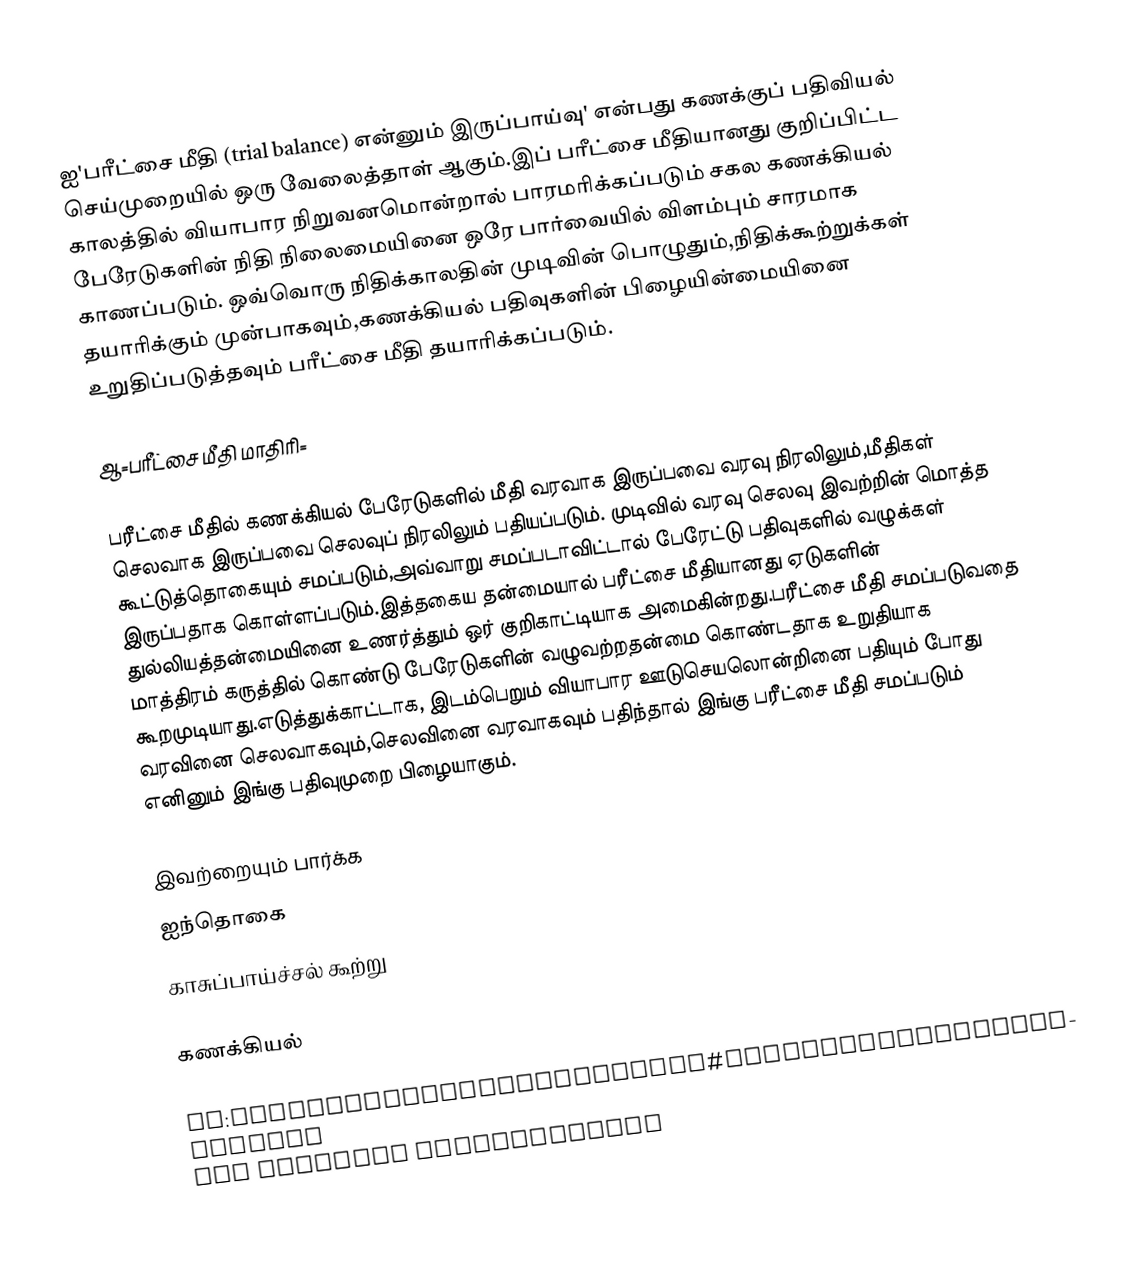
ஐ'பரீட்சை மீதி (trial balance) என்னும் இருப்பாய்வு' என்பது கணக்குப் பதிவியல் செய்முறையில் ஒரு வேலைத்தாள் ஆகும்.இப் பரீட்சை மீதியானது குறிப்பிட்ட காலத்தில் வியாபார நிறுவனமொன்றால் பாரமரிக்கப்படும் சகல கணக்கியல் பேரேடுகளின் நிதி நிலைமையினை ஒரே பார்வையில் விளம்பும் சாரமாக காணப்படும். ஒவ்வொரு நிதிக்காலதின் முடிவின் பொழுதும்,நிதிக்கூற்றுக்கள் தயாரிக்கும் முன்பாகவும்,கணக்கியல் பதிவுகளின் பிழையின்மையினை உறுதிப்படுத்தவும் பரீட்சை மீதி தயாரிக்கப்படும்.

ஆ=பரீட்சை மீதி மாதிரி=

பரீட்சை மீதில் கணக்கியல் பேரேடுகளில் மீதி வரவாக இருப்பவை வரவு நிரலிலும்,மீதிகள் செலவாக இருப்பவை செலவுப் நிரலிலும் பதியப்படும். முடிவில் வரவு செலவு இவற்றின் மொத்த கூட்டுத்தொகையும் சமப்படும்,அவ்வாறு சமப்படாவிட்டால் பேரேட்டு பதிவுகளில் வழுக்கள் இருப்பதாக கொள்ளப்படும்.இத்தகைய தன்மையால் பரீட்சை மீதியானது ஏடுகளின் துல்லியத்தன்மையினை உணர்த்தும் ஒர் குறிகாட்டியாக அமைகின்றது.பரீட்சை மீதி சமப்படுவதை மாத்திரம் கருத்தில் கொண்டு பேரேடுகளின் வழுவற்றதன்மை கொண்டதாக உறுதியாக கூறமுடியாது.எடுத்துக்காட்டாக, இடம்பெறும் வியாபார ஊடுசெயலொன்றினை பதியும் போது வரவினை செலவாகவும்,செலவினை வரவாகவும் பதிந்தால் இங்கு பரீட்சை மீதி சமப்படும் எனினும் இங்கு பதிவுமுறை பிழையாகும்.

இவற்றையும் பார்க்க
 ஐந்தொகை
 காசுப்பாய்ச்சல் கூற்று

கணக்கியல்

de:Zwischenberichterstattung#Zwischenberichterstattung und internes Berichtswesen